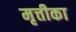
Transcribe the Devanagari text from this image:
मृत्तीका